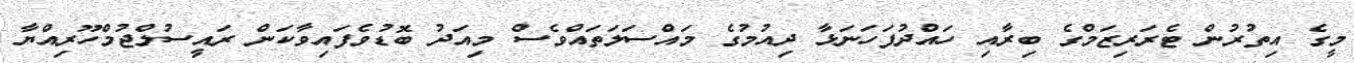
މީގެ އިތުރުން ޓެރަރިޒަމްގެ ބިރާއި ހައްދުފަހަނަޅާ ދިއުމުގެ މައްސަލަތައްވެސް މިއަދު ބޮޑުވެފައިވާކަން ރައީސުލްޖުމްހޫރިއްޔާ